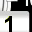
Digit: 1